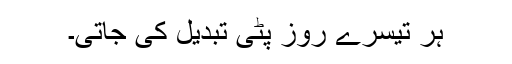
ہر تیسرے روز پٹی تبدیل کی جاتی۔